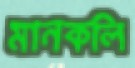
মানকলি